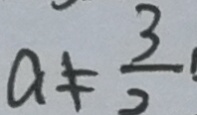
a \neq \frac { 3 } { 2 }